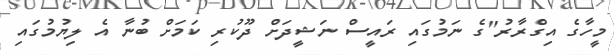
މީހާގެ އިގްރާރު"ގެ ނަމުގައި ރައީސް ނަޝީދަށް ދޫކުރި ކަމަށް ބުނާ އެ ލިޔުމުގައި